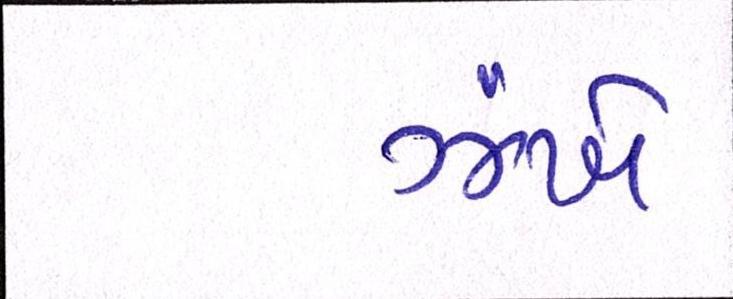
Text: ઝંખે